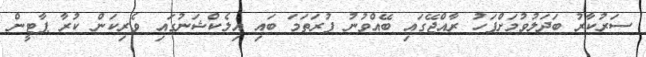
ސަރުކާރު ބަދަލުވުމަށްފަހު ރާއްޖޭގައި ބޭއްވުނު ފުރަތަމަ ބައި އިލެކްޝަނުގައި ވެރިކަން ކުރާ ޕާޓީން